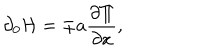
LaTeX: \partial _ { 0 } { \cal H } = \pm a { \frac { \partial \Pi } { \partial x } } ,